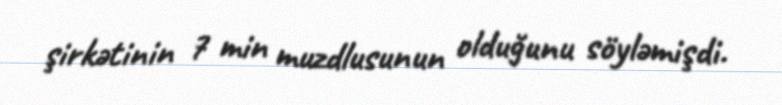
şirkətinin 7 min muzdlusunun olduğunu söyləmişdi.